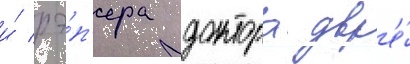
и́ рэ́п'ера доктора др'е́